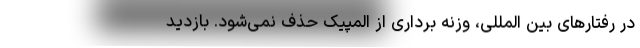
در رفتارهای بین المللی، وزنه برداری از المپیک حذف نمی‌شود. بازدید